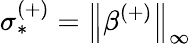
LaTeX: \sigma_{*}^{(+)}=\left\lVert\beta^{(+)}\right\rVert_{\infty}